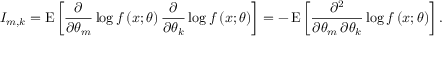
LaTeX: I _ { m , k } = \operatorname { E } \left[ { \frac { \partial } { \partial \theta _ { m } } } \log f \left( x ; { \boldsymbol { \theta } } \right) { \frac { \partial } { \partial \theta _ { k } } } \log f \left( x ; { \boldsymbol { \theta } } \right) \right] = - \operatorname { E } \left[ { \frac { \partial ^ { 2 } } { \partial \theta _ { m } \, \partial \theta _ { k } } } \log f \left( x ; { \boldsymbol { \theta } } \right) \right] .